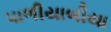
પાળીયાબીયા